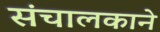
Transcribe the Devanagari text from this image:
संचालकाने